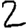
Digit: 2